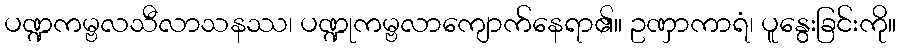
ပဏ္ဍကမ္ဗလသီလာသနဿ၊ ပဏ္ဍုကမ္ဗလာကျောက်နေရာ၏။ ဥဏှာကာရံ၊ ပူနွေးခြင်းကို။